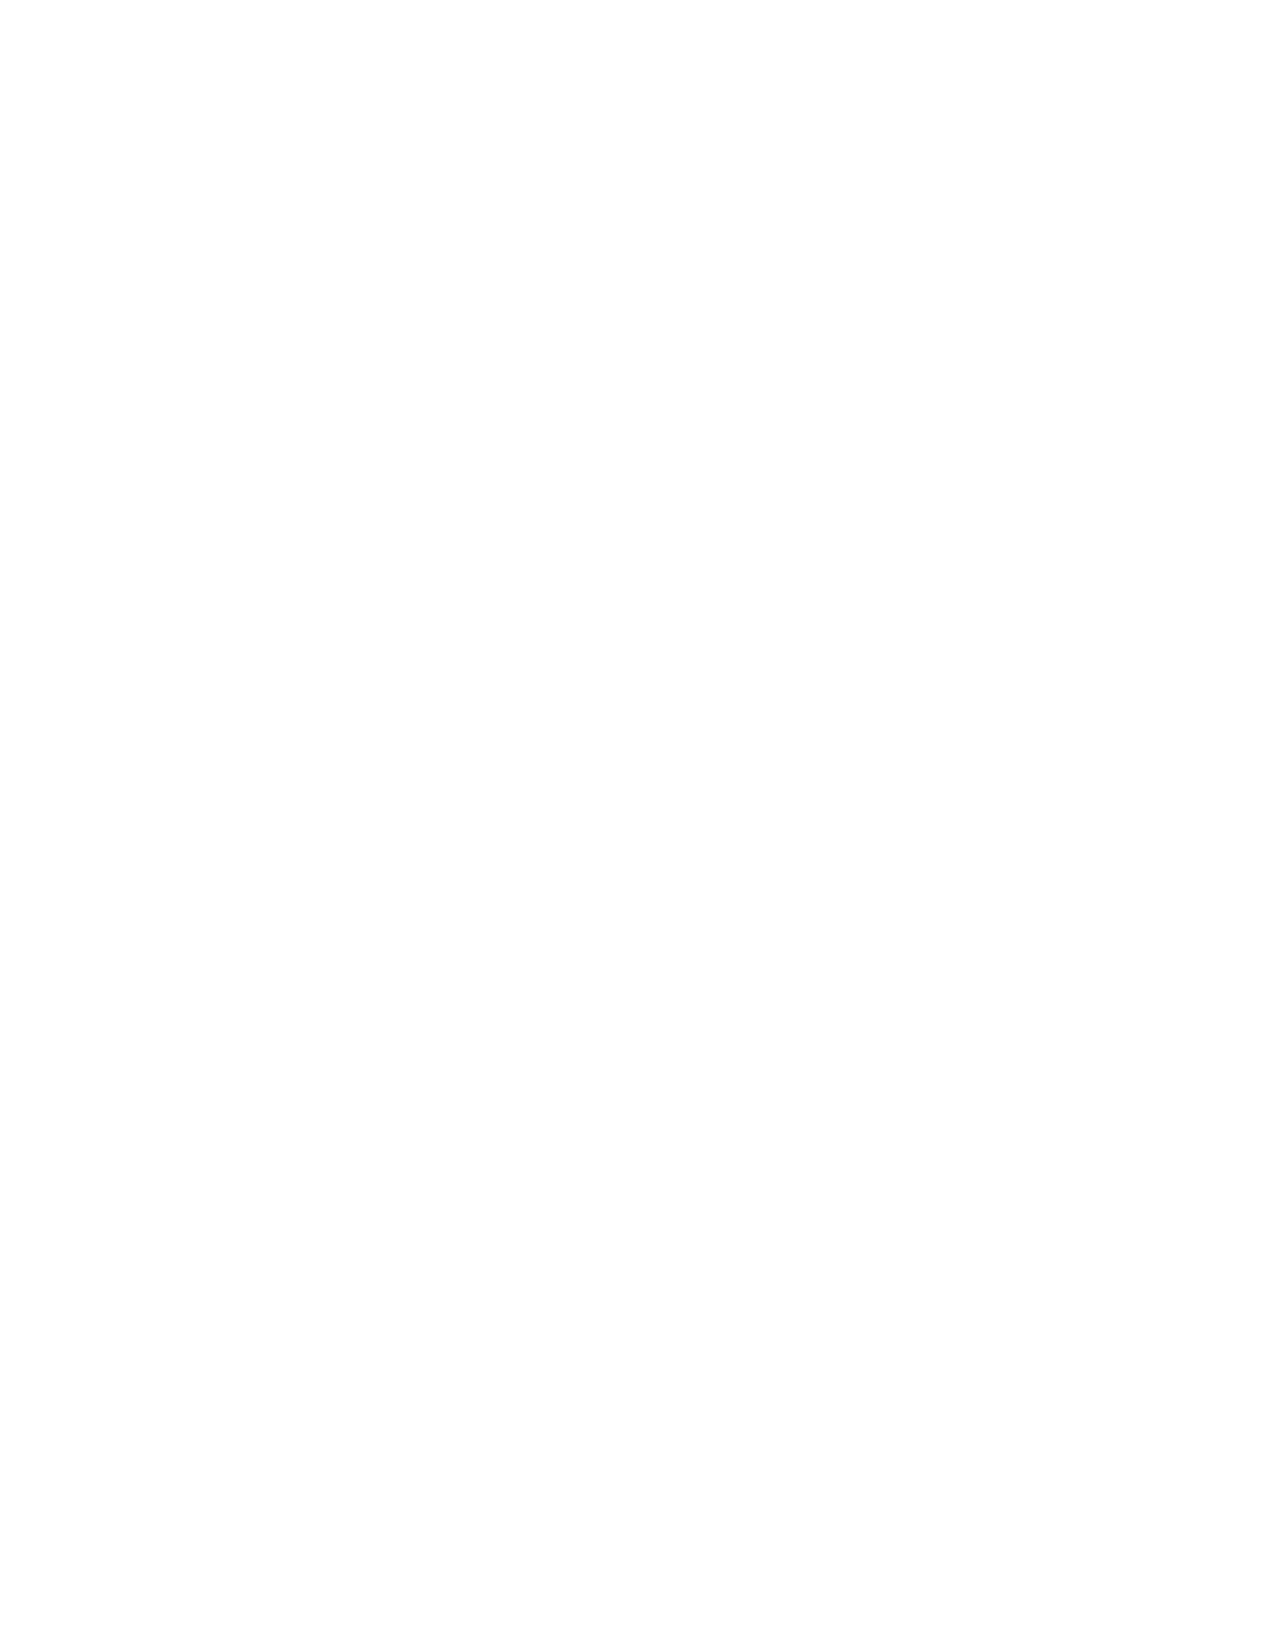
VerDate Apr 14 2004 11:04 Apr 14, 2004 Jkt 077500 PO 00000 Frm 00366 Fmt 8221 Sfmt 8221 C:\CONAN\CON009.XXX PRFM99 PsN: CON009